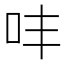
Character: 㕩